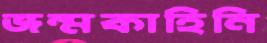
জন্মকাহিনি